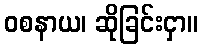
ဝစနာယ၊ ဆိုခြင်းငှာ။